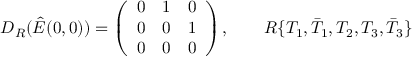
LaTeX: D _ { R } ( \hat { E } ( 0 , 0 ) ) = \left( \begin{array} { c c c } { { 0 } } & { { 1 } } & { { 0 } } \\ { { 0 } } & { { 0 } } & { { 1 } } \\ { { 0 } } & { { 0 } } & { { 0 } } \end{array} \right) , \qquad R \{ T _ { 1 } , \bar { T } _ { 1 } , T _ { 2 } , T _ { 3 } , \bar { T } _ { 3 } \}